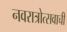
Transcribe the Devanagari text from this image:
नवरात्रोत्सवाची